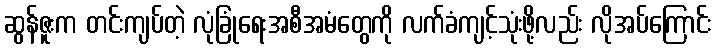
ဆွန်ဇူးက တင်းကျပ်တဲ့ လုံခြုံရေးအစီအမံတွေကို လက်ခံကျင့်သုံးဖို့လည်း လိုအပ်ကြောင်း